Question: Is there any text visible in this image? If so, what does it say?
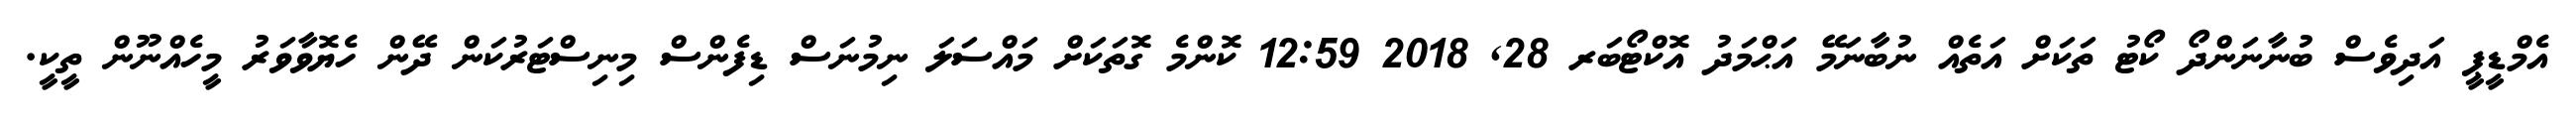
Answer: އެމްޑީޕީ އަދިވެސް ބުނާނަންދޯ ކޯޓު ތަކަށް އަތެއް ނުބާނަމޭ އަޙްމަދު އޮކްޓޯބަރ 28, 2018 12:59 ކޮންމެ ގޮތަކަށް މައްސަލަ ނިމުނަސް ޑިފެންސް މިނިސްޓަރުކަން ދޭން ހެޔޮވާވަރު މީހެއްނޫން ތީކީ.